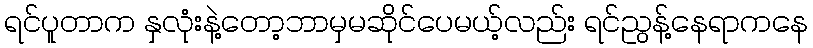
ရင်ပူတာက နှလုံးနဲ့တော့ဘာမှမဆိုင်ပေမယ့်လည်း ရင်ညွန့်နေရာကနေ